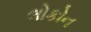
લોકોન